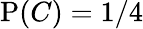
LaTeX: \mathrm{P}(C)=1/4